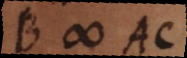
B # AC